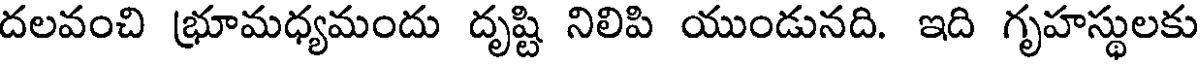
దలవంచి భ్రూమధ్యమందు దృష్టి నిలిపి యుండునది. ఇది గృహస్థులకు